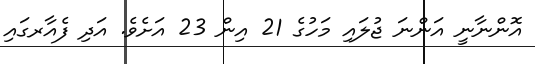
އޮންނާނީ އަންނަ ޖުލައި މަހުގެ 21 އިން 23 އަށެވެ. އަދި ފެއާރގައި